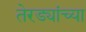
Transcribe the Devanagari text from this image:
तेरड्यांच्या